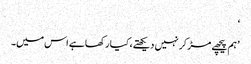
‘
’ ہم پیچھے مڑ کر نہیں دیکھتے، کیا رکھا ہے اس میں۔